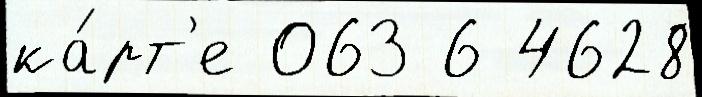
ка́рт'е 063 6 4628